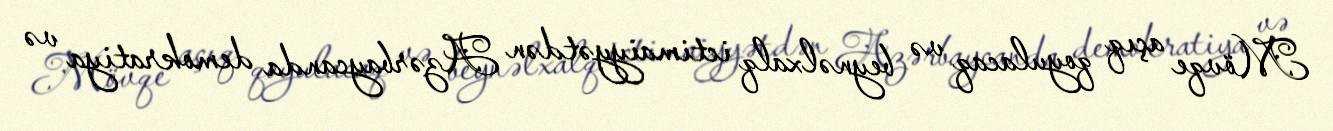
Mövqe açıq qoyulacaq və beynəlxalq ictimaiyyətdən Azərbaycanda demokratiya və